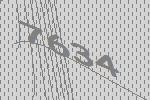
7634